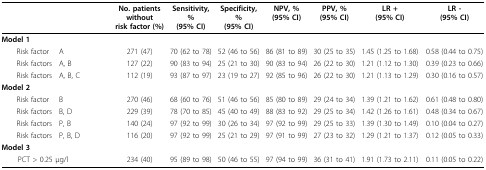
<table><thead><tr><td></td><td></td><td><b>No. patients without risk factor (%)</b></td><td><b>Sensitivity, %(95% CI)</b></td><td><b>Specificity, %(95% CI)</b></td><td><b>NPV, %(95% CI)</b></td><td><b>PPV, %(95% CI)</b></td><td><b>LR +(95% CI)</b></td><td><b>LR -(95% CI)</b></td></tr></thead><tbody><tr><td><b>Model 1</b></td><td></td><td></td><td></td><td></td><td></td><td></td><td></td><td></td></tr><tr><td> Risk factor</td><td>A</td><td>271 (47)</td><td>70 (62 to 78)</td><td>52 (46 to 56)</td><td>86 (81 to 89)</td><td>30 (25 to 35)</td><td>1.45 (1.25 to 1.68)</td><td>0.58 (0.44 to 0.75)</td></tr><tr><td> Risk factors</td><td>A, B</td><td>127 (22)</td><td>90 (83 to 94)</td><td>25 (21 to 30)</td><td>90 (83 to 94)</td><td>26 (22 to 30)</td><td>1.21 (1.12 to 1.30)</td><td>0.39 (0.23 to 0.66)</td></tr><tr><td> Risk factors</td><td>A, B, C</td><td>112 (19)</td><td>93 (87 to 97)</td><td>23 (19 to 27)</td><td>92 (85 to 96)</td><td>26 (22 to 30)</td><td>1.21 (1.13 to 1.29)</td><td>0.30 (0.16 to 0.57)</td></tr><tr><td><b>Model 2</b></td><td></td><td></td><td></td><td></td><td></td><td></td><td></td><td></td></tr><tr><td> Risk factor</td><td>B</td><td>270 (46)</td><td>68 (60 to 76)</td><td>51 (46 to 56)</td><td>85 (80 to 89)</td><td>29 (24 to 34)</td><td>1.39 (1.21 to 1.62)</td><td>0.61 (0.48 to 0.80)</td></tr><tr><td> Risk factors</td><td>B, D</td><td>229 (39)</td><td>78 (70 to 85)</td><td>45 (40 to 49)</td><td>88 (83 to 92)</td><td>29 (25 to 34)</td><td>1.42 (1.26 to 1.61)</td><td>0.48 (0.34 to 0.67)</td></tr><tr><td> Risk factors</td><td>P, B</td><td>140 (24)</td><td>97 (92 to 99)</td><td>30 (26 to 34)</td><td>97 (92 to 99)</td><td>29 (25 to 33)</td><td>1.39 (1.30 to 1.49)</td><td>0.10 (0.04 to 0.27)</td></tr><tr><td> Risk factors</td><td>P, B, D</td><td>116 (20)</td><td>97 (92 to 99)</td><td>25 (21 to 29)</td><td>97 (91 to 99)</td><td>27 (23 to 32)</td><td>1.29 (1.21 to 1.37)</td><td>0.12 (0.05 to 0.33)</td></tr><tr><td><b>Model 3</b></td><td></td><td></td><td></td><td></td><td></td><td></td><td></td><td></td></tr><tr><td> PCT &gt; 0.25 μg/l</td><td></td><td>234 (40)</td><td>95 (89 to 98)</td><td>50 (46 to 55)</td><td>97 (94 to 99)</td><td>36 (31 to 41)</td><td>1.91 (1.73 to 2.11)</td><td>0.11 (0.05 to 0.22)</td></tr></tbody></table>